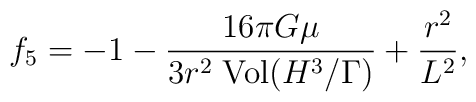
{f_5} = -1 - {16\pi G \mu \over 3r^2 \; {\rm{Vol}}({H^3}/ {\Gamma})} + {r^2 \over L^2},